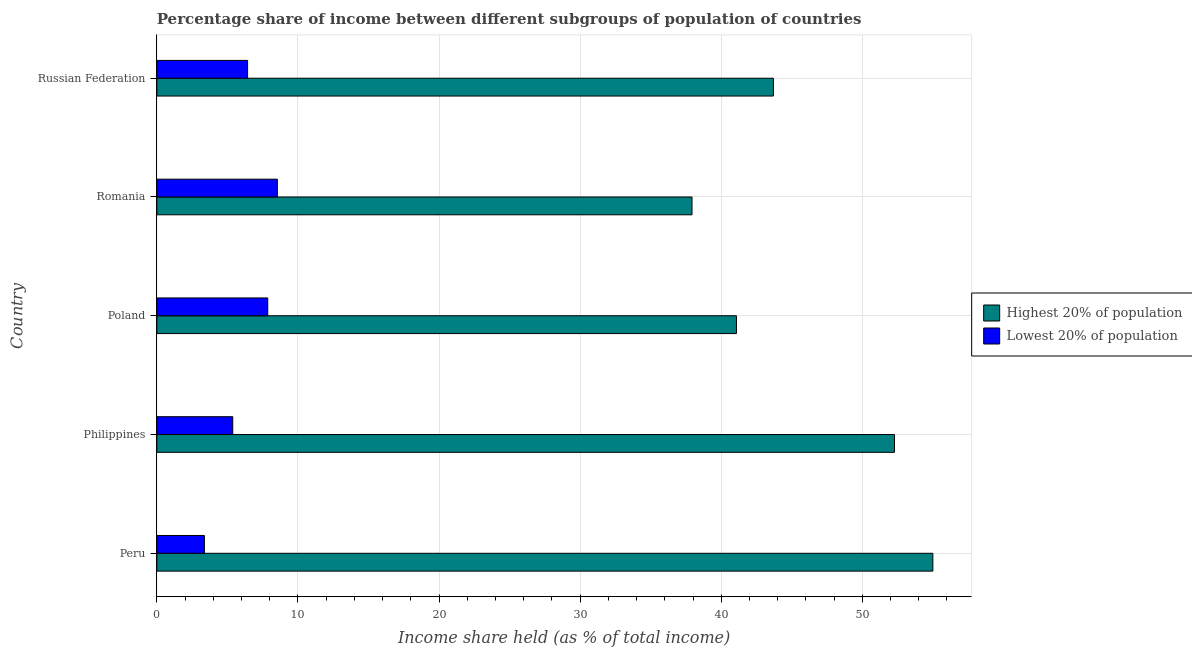
| Country | Highest 20% of population | Lowest 20% of population |
 | --- | --- | --- |
 | Peru | 55 | 3.37 |
 | Philippines | 52.3 | 5.38 |
 | Poland | 41.1 | 7.86 |
 | Romania | 37.9 | 8.54 |
 | Russian Federation | 43.7 | 6.43 |